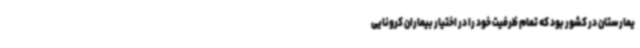
یمارستان در کشور بود که تمام ظرفیت خود را در اختیار بیماران کرونایی